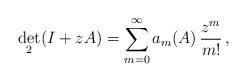
\begin{align*}\det_{2}(I+zA)=\sum_{m=0}^{\infty}a_{m}(A)\,\frac{z^{m}}{m!}\,,\end{align*}